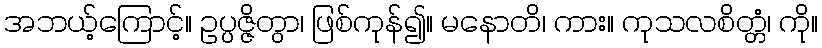
အဘယ့်ကြောင့်။ ဥပ္ပဇ္ဇိတွာ၊ ဖြစ်ကုန်၍။ မနောတိ၊ ကား။ ကုသလစိတ္တံ၊ ကို။